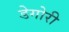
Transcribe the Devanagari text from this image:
डेगोरी